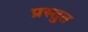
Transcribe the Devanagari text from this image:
प्रस्तु्त